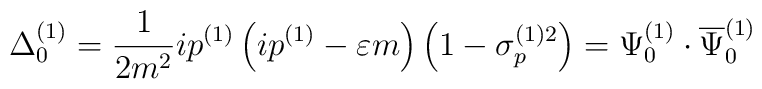
\Delta _0^{(1)}=\frac 1{2m^2}ip^{(1)}\left( ip^{(1)}-\varepsilon m\right)\left( 1-\sigma _p^{(1)2}\right) =\Psi _0^{(1)}\cdot \overline{\Psi }_0^{(1)}